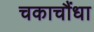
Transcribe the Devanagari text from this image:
चकाचौंधा